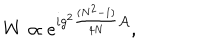
LaTeX: W \propto e ^ { i g ^ { 2 } { \frac { ( N ^ { 2 } - 1 ) } { 4 N } } { \cal A } } ,